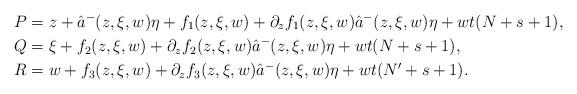
LaTeX: \begin{align*}P&=z+\hat a^-(z,\xi,w)\eta+f_1(z,\xi,w)+\partial_zf_1(z,\xi,w)\hat a^-(z,\xi,w)\eta+wt(N+s+1),\\Q&=\xi+f_2(z,\xi,w)+\partial_zf_2(z,\xi,w)\hat a^-(z,\xi,w)\eta+wt(N+s+1),\\R&=w+f_3(z,\xi,w)+\partial_zf_3(z,\xi,w)\hat a^-(z,\xi,w)\eta+wt(N'+s+1).\end{align*}